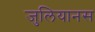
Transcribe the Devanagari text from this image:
जुलियानस